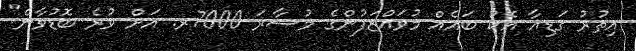
އިތުރު ގަޑިއާ އެކު ބައެއް މުވައްޒަފުންގެ މުސާރަ 7000ރ. އަށް ވުރެ ބޮޑުވާނެ"